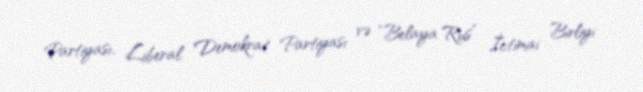
Partiyası, Liberal Demokrat Partiyası və “Belaya Rus” İctimai Birliyi